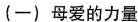
(一)母爱的力量